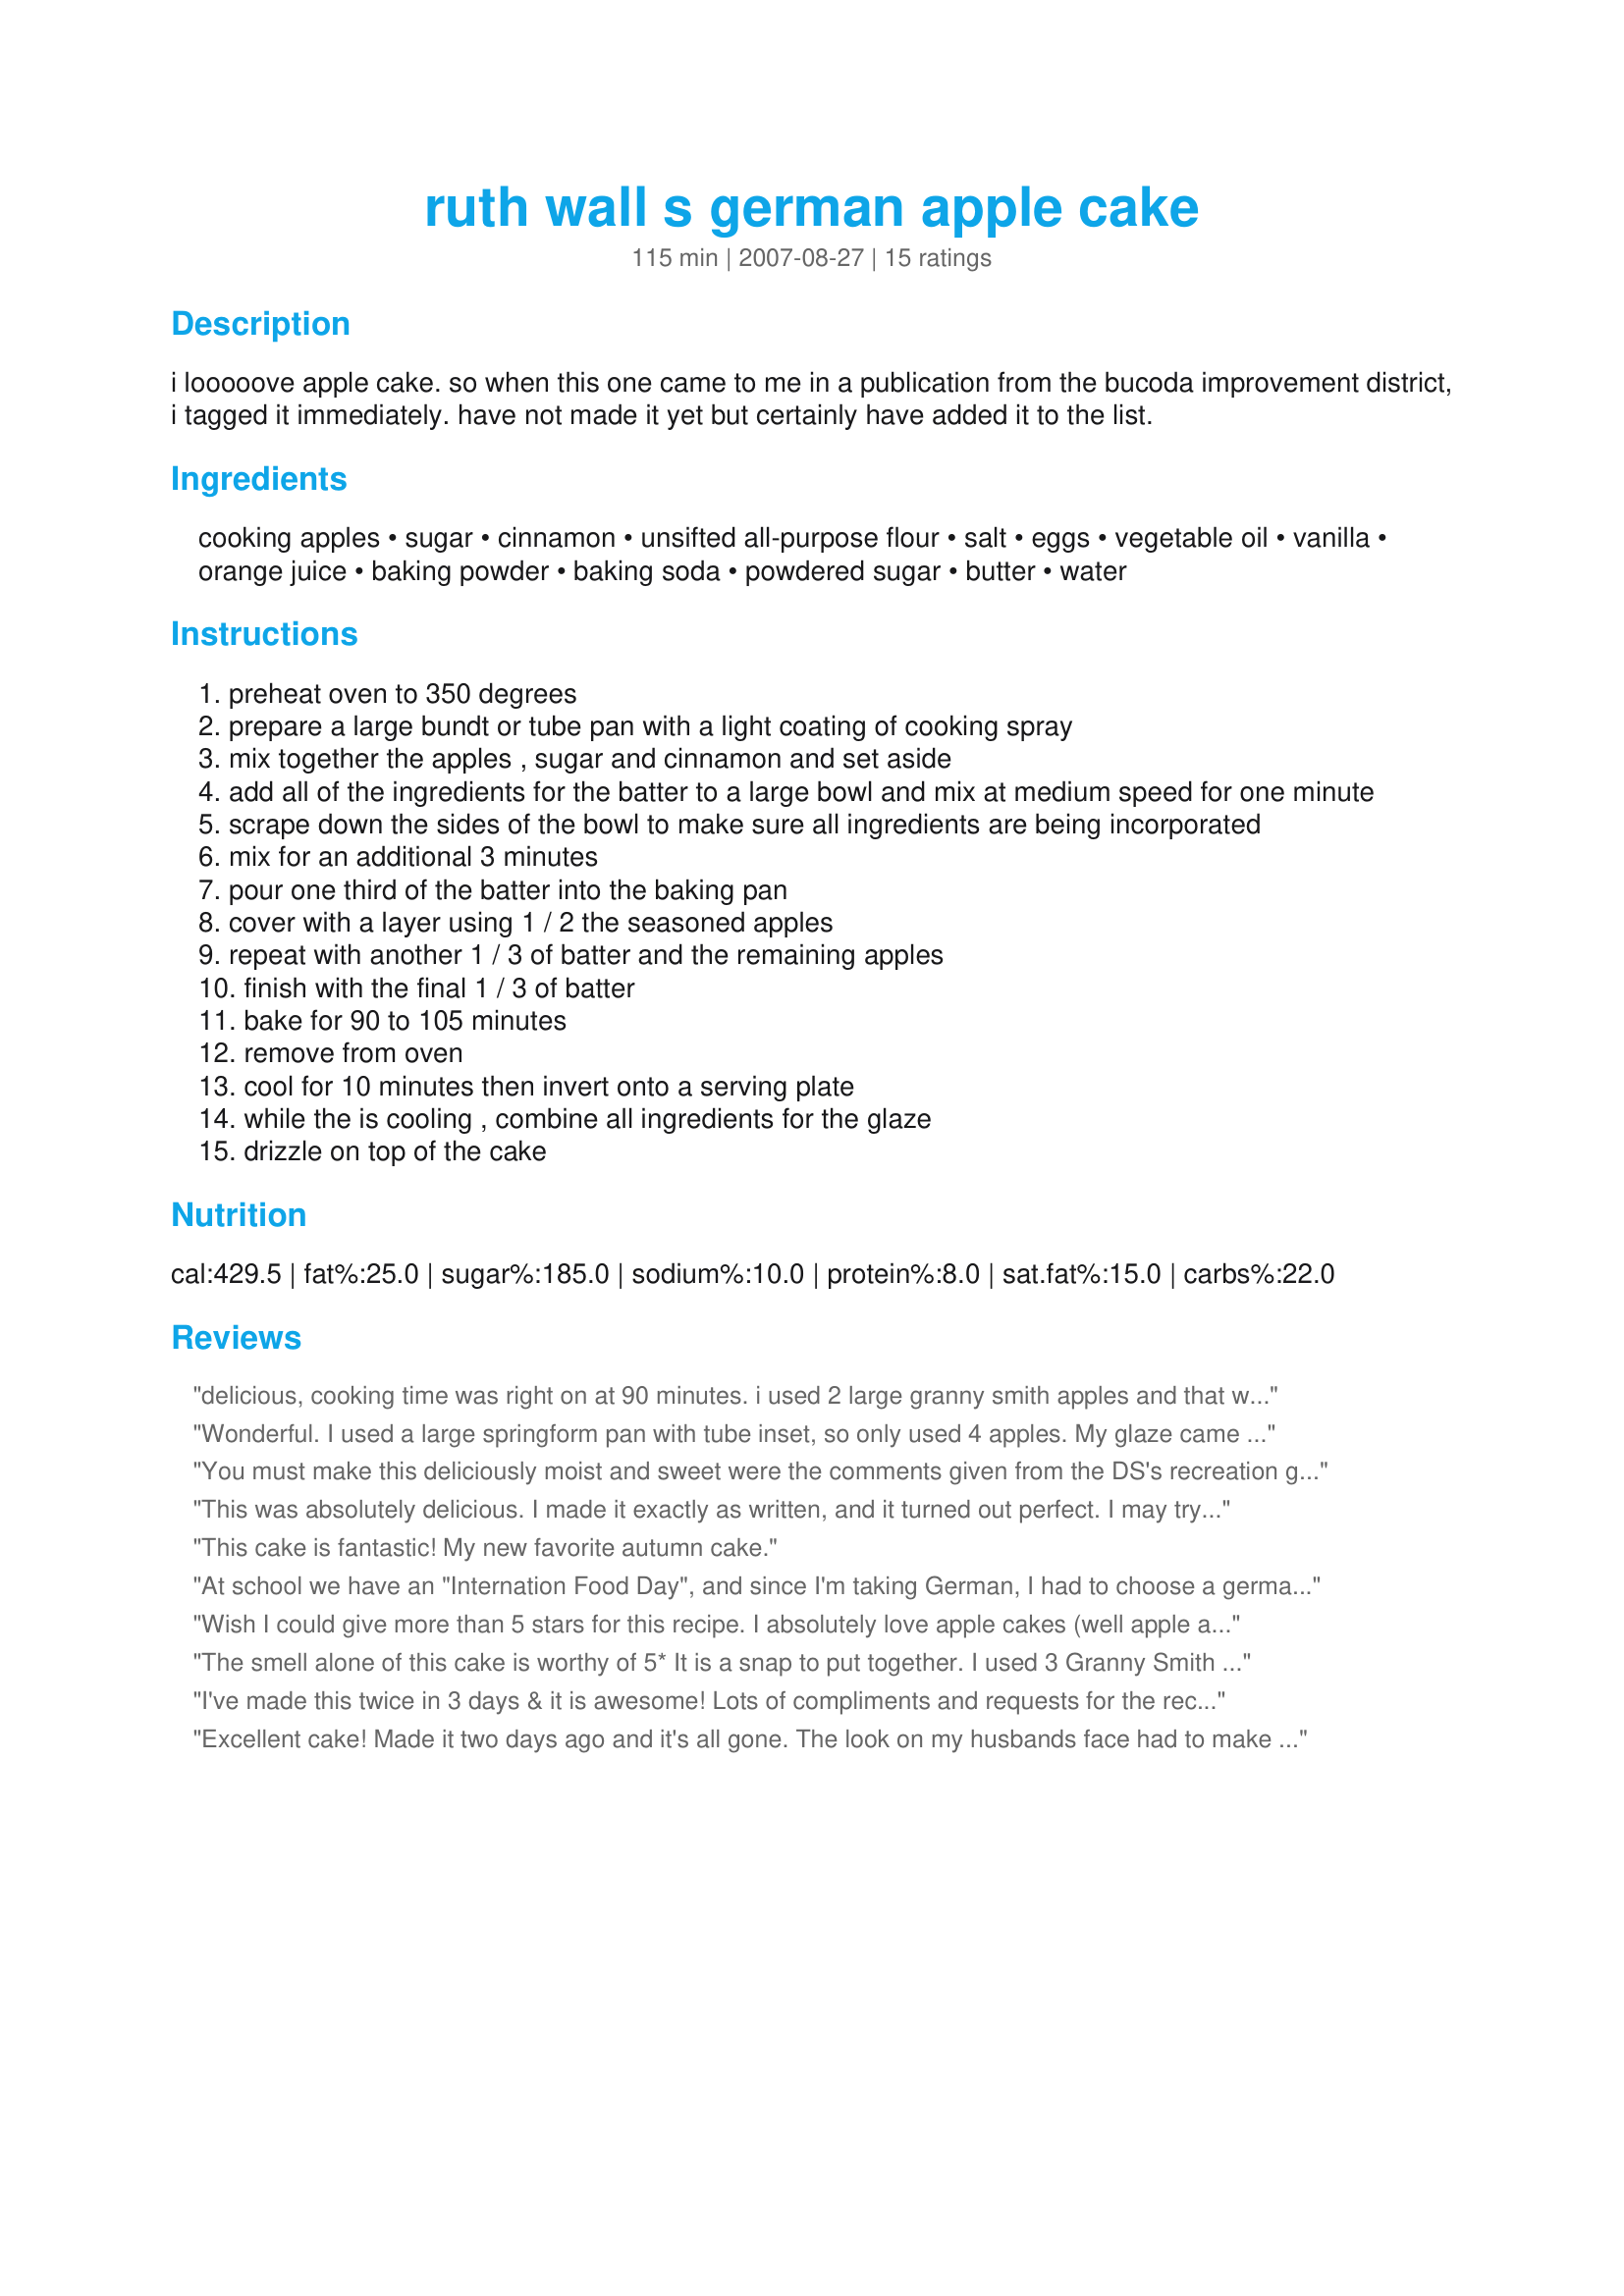
ruth wall s german apple cake
Preparation time: 115 minutes

i looooove apple cake. so when this one came to me in a publication from the bucoda improvement district, i tagged it immediately. have not made it yet but certainly have added it to the list.

Ingredients:
cooking apples, sugar, cinnamon, unsifted all-purpose flour, salt, eggs, vegetable oil, vanilla, orange juice, baking powder, baking soda, powdered sugar, butter, water

Steps:
preheat oven to 350 degrees
prepare a large bundt or tube pan with a light coating of cooking spray
mix together the apples , sugar and cinnamon and set aside
add all of the ingredients for the batter to a large bowl and mix at medium speed for one minute
scrape down the sides of the bowl to make sure all ingredients are being incorporated
mix for an additional 3 minutes
pour one third of the batter into the baking pan
cover with a layer using 1 / 2 the seasoned apples
repeat with another 1 / 3 of batter and the remaining apples
finish with the final 1 / 3 of batter
bake for 90 to 105 minutes
remove from oven
cool for 10 minutes then invert onto a serving plate
while the is cooling , combine all ingredients for the glaze
drizzle on top of the cake

Reviews:
delicious, cooking time was right on at 90 minutes. i used 2 large granny smith apples and that was mor than enough for the 3 layers.
everyone loved this moist cake, and we loved the icing too.
Wonderful. I used a large springform pan with tube inset, so only used 4 apples. My glaze came out like a frosting, so next time I'm going to used boiling water, and more of it. Thanks for a luscious posting.
You must make this deliciously moist and sweet were the comments given from the DS's recreation group. I used 4 large (just over 1K) of granny smith apples and had too much (about 1K or just under should do it). I baked it in a fan forced oven at 175C for 90 minutes but the top was slightly singed (will reduce temperature to 165C and 90 minutes I think will be perfect). One person suggested that peaches would also be nice and using some of the juice in the glaze. This had no problem feeding 20 with some left over so I would say 20 - 25 serves. Really wishing I could have tried some for it smelled wonderful while baking. Thank you justcallmetoni for a keeper of cake. Made for Newest Zaar Tag game.
This was absolutely delicious. I made it exactly as written, and it turned out perfect. I may try substituting some apple sauce for the oil next time, just to make it a bit healthier but other than that I wouldn't change a thing.<br/>Thanks so much for posting!
This cake is fantastic! My new favorite autumn cake.
At school we have an "Internation Food Day", and since I'm taking German, I had to choose a german recipe to bake and take to school for all of the language classes to try. 

Everybody LOVED this! I couldn't help myself from indulging in this scrumptious cake. I did reduce the cooking time by about 10 minutes though and it was so perfectly moist. The one thing I would suggest is to make sure that the batter is covering all of the apples at the top of the bundt pan. If you don't, it almost gives the illusion that your burning the cake, when it's really just the apples getting quite cooked. Thank you SO much! I am definitly going to have to bake this again!
Wish I could give more than 5 stars for this recipe. I absolutely love apple cakes (well apple anything) and this recipe is awesome. We enjoyed this last nite for a German themed dinner, as well as this morning with our cup of java. Try this one people, you wont know what you are missing if you dont! Made for ZWT4.
The smell alone of this cake is worthy of 5* It is a snap to put together. I used 3 Granny Smith apples which seemed to be plenty. I'm going to bring this to my Uncle's Birthday Party and I'm sure he will love it!
I've made this twice in 3 days & it is awesome! Lots of compliments and requests for the recipe. Very moist & flavorful-thanks for sharing the recipe!
Excellent cake! Made it two days ago and it's all gone. The look on my husbands face had to make me laugh. I asked him if he like it and he replied Mmmm with a mouth full lol. The cake reminded me of a cinnamon roll with apples in it. Dense, flavorful. will def make it again....thank you for the recipe!!!!!!
I have made this three times since seeing it, and I swear each one tastes better than the last one. It is one of the most incredible cakes I have ever tasted in my life. Thank You!!!
This was good. It was dense, more like a coffeecake texture, and the apples were delicious. I used 4 Granny Smiths...any more and it all wouldn't have fit in my bundt pan. Don't leave off the glaze. It was delicious! My cake looked exactly like the picture. Leftovers were great for breakfast.
This was delicious. I agree that the spice combination was perfect. I used 50/50 flour (that was all I had) but it still turned out great. The batter was probably a little thicker than if I had used AP flour. I do think next time I will chop the apples to get a better distribution. They all seemed to sink to the middle, which was not a problem at all. Thanks Ms T for another wonderful recipe.
UPDATE: This cake is even better the next day. The flavors really merge together and it is so moist that it almost melts in your mouth.
Fantastic Cake and we loved the glaze. I substituted apple sauce for half the oil and it was delicious and moist.
I have been making this cake for years. Only my recipe when given to me was called Jewish Apple Cake. Best apple cake I have ever made. So moist!!
